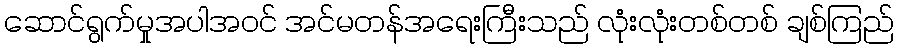
ဆောင်ရွက်မှုအပါအဝင် အင်မတန်အရေးကြီးသည် လုံးလုံးတစ်တစ် ချစ်ကြည်